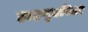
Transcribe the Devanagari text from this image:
हाइगुएरिला